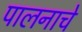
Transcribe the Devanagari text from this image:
पालनाचे